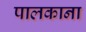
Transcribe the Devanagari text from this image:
पालकाना